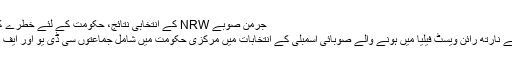
جرمن صوبے NRW کے انتخابی نتائج، حکومت کے لئے خطرے کی گھنٹی | معاشرہ | DW | 10.05.2010
جرمنی کے سب سے زيادہ آبادی والے صوبے نارتھ رائن ويسٹ فيليا ميں ہونے والے صوبائی اسمبلی کے انتخابات ميں مرکزی حکومت ميں شامل جماعتوں سی ڈی يو اور ايف ڈی پی کو بھاری نقصانات کا سامنا کرنا پڑا۔